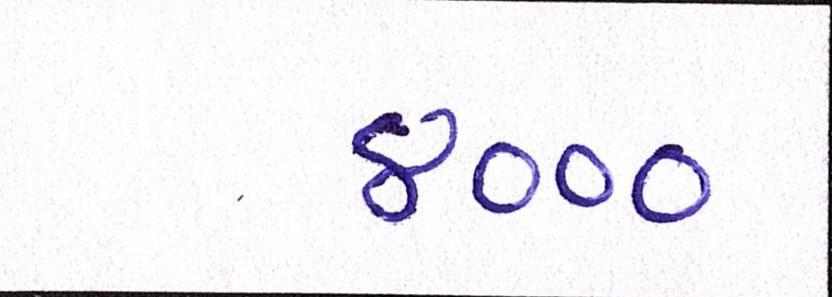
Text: ૪૦૦૦